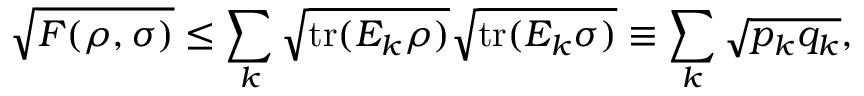
{ \sqrt { F ( \rho , \sigma ) } } \leq \sum _ { k } { \sqrt { \operatorname { t r } ( E _ { k } \rho ) } } { \sqrt { \operatorname { t r } ( E _ { k } \sigma ) } } \equiv \sum _ { k } { \sqrt { p _ { k } q _ { k } } } ,